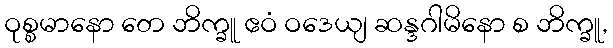
ဝုစ္စမာနော တေ ဘိက္ခူ ဧဝံ ဝဒေယျ ဆန္ဒဂါမိနော စ ဘိက္ခူ,